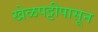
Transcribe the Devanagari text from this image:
खेळपट्टीपासून